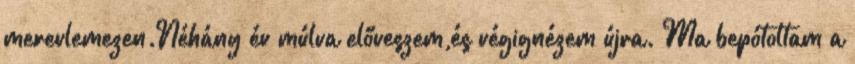
merevlemezen.Néhány év múlva előveszem,és végignézem újra. Ma bepótoltam a